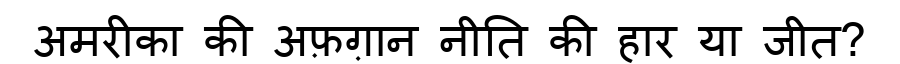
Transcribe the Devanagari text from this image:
अमरीका की अफ़ग़ान नीति की हार या जीत?